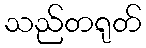
သည်တရုတ်